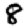
Digit: 8